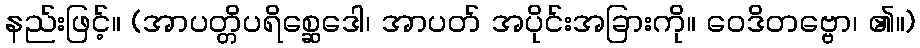
နည်းဖြင့်။ (အာပတ္တိပရိစ္ဆေဒေါ၊ အာပတ် အပိုင်းအခြားကို။ ဝေဒိတဗ္ဗော၊ ၏။)